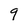
Character: q